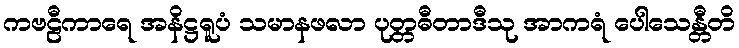
ကဗဠီကာရေ အနိဋ္ဌရူပံ သမာနဖလာ ပုတ္တဓီတာဒီသု အာကရံ ပေါသေန္တီတိ